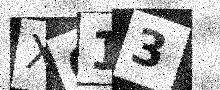
Text: X613